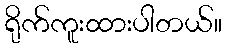
ရိုက်ကူးထားပါတယ်။